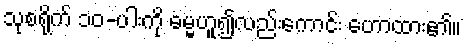
သုစရိုက် ၁၀-ပါးကို ဓမ္မဟူ၍လည်းကောင်း ဟောထား၏။